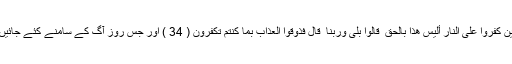
ہاں ہاں وہ ہر چیز پر قادر ہےوَيَوْمَ يُعْرَضُ الَّذِينَ كَفَرُوا عَلَى النَّارِ أَلَيْسَ هَٰذَا بِالْحَقِّ ۖ قَالُوا بَلَىٰ وَرَبِّنَا ۚ قَالَ فَذُوقُوا الْعَذَابَ بِمَا كُنتُمْ تَكْفُرُونَ ( 34 ) اور جس روز آگ کے سامنے کئے جائیں گے (اور کہا جائے گا) کیا یہ حق نہیں ہے؟